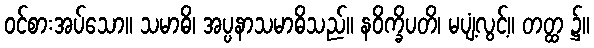
ဝင်စားအပ်သော။ သမာဓိ၊ အပ္ပနာသမာဓိသည်။ နဝိက္ခိပတိ၊ မပျံ့လွင့်။ တတ္ထ ၌။